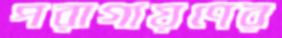
পরাগায়ণের